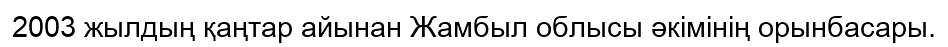
2003 жылдың қаңтар айынан Жамбыл облысы әкімінің орынбасары.